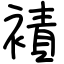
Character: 襀